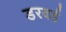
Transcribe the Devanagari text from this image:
डरवर्ड